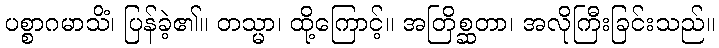
ပစ္စာဂမာသိံ၊ ပြန်ခဲ့၏။ တသ္မာ၊ ထို့ကြောင့်။ အတြိစ္ဆတာ၊ အလိုကြီးခြင်းသည်။